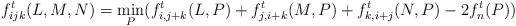
\begin{align*} f^t_{ijk}(L,M,N) = \min_{P} (f^t_{i,j+k}(L,P) + f^t_{j,i+k}(M,P) + f^t_{k,i+j}(N,P) - 2f^t_n(P))\end{align*}